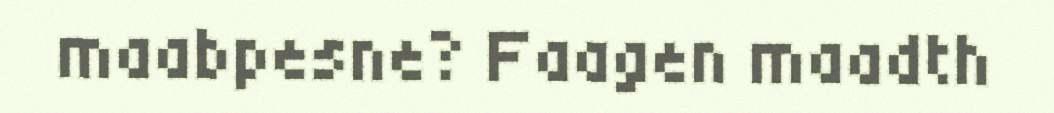
maabpesne? Faagen maadth